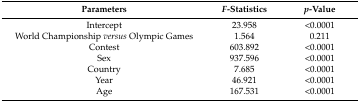
<table><thead><tr><td><b>Parameters</b></td><td><b><i>F</i>-Statistics</b></td><td><b><i>p</i>-Value</b></td></tr></thead><tbody><tr><td>Intercept</td><td>23.958</td><td>&lt;0.0001</td></tr><tr><td>World Championship <i>versus</i> Olympic Games</td><td>1.564</td><td>0.211</td></tr><tr><td>Contest</td><td>603.892</td><td>&lt;0.0001</td></tr><tr><td>Sex</td><td>937.596</td><td>&lt;0.0001</td></tr><tr><td>Country</td><td>7.685</td><td>&lt;0.0001</td></tr><tr><td>Year</td><td>46.921</td><td>&lt;0.0001</td></tr><tr><td>Age</td><td>167.531</td><td>&lt;0.0001</td></tr></tbody></table>